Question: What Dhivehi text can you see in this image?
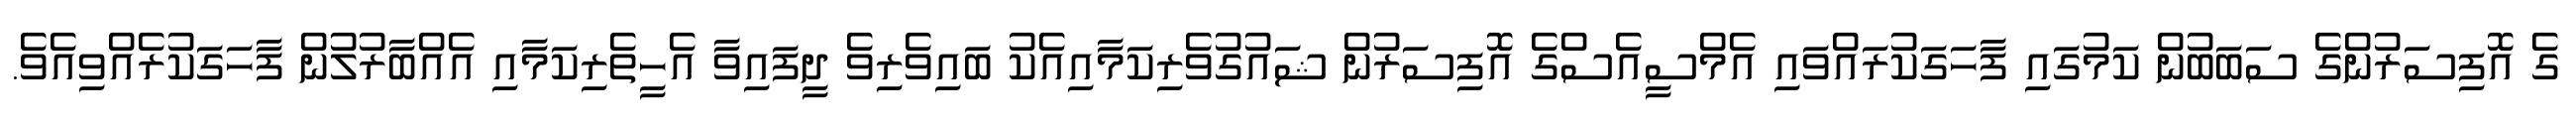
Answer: ގެ އޮފިސަރުންގެ ސަބަބުން ކަމުގައި ފާހަގަކުރައްވައި އެމްސީއެސްގެ އޮފިސަރުން ޝައުގުވެރިކަމާއިއެކު ބައިވެރިވެ ދީފައިވާ އެހީތެރިކަމާއި އެއްބާރުލުން ފާހަގަކުރެއްވިއެވެ.